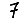
Digit: 7